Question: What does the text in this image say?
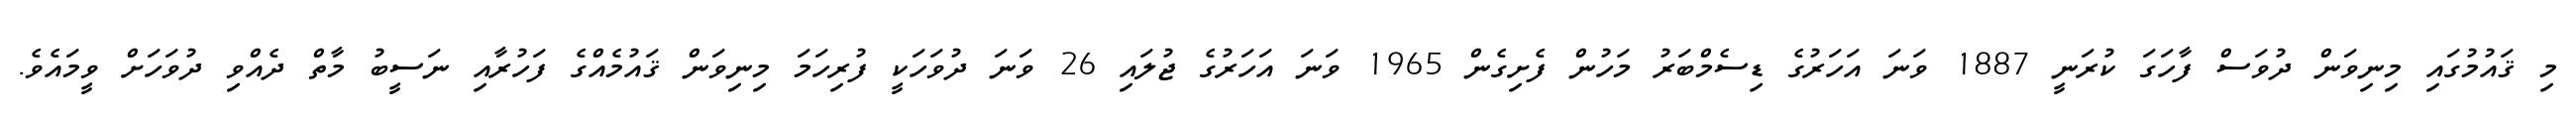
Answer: މި ޤައުމުގައި މިނިވަން ދުވަސް ފާހަގަ ކުރަނީ 1887 ވަނަ އަހަރުގެ ޑިސެމްބަރު މަހުން ފެށިގެން 1965 ވަނަ އަހަރުގެ ޖުލައި 26 ވަނަ ދުވަހަކީ ފުރިހަމަ މިނިވަން ޤައުމެއްގެ ފަހުރާއި ނަސީބު މާތް ދެއްވި ދުވަހަށް ވީމައެވެ.